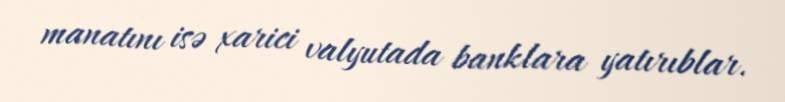
manatını isə xarici valyutada banklara yatırıblar.